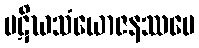
ပဋိဃသံယောဇနဿပေ